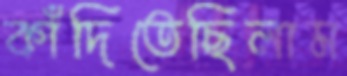
কাঁদিতেছিলাম